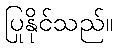
ပြုနိုင်သည်။